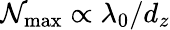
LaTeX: \mathcal{N}_{\mathrm{{max}}}\propto\lambda_{0}/d_{z}